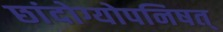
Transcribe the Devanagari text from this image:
छांदोग्योपनिषत्